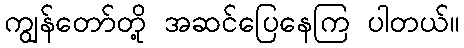
ကျွန်တော်တို့ အဆင်ပြေနေကြ ပါတယ်။